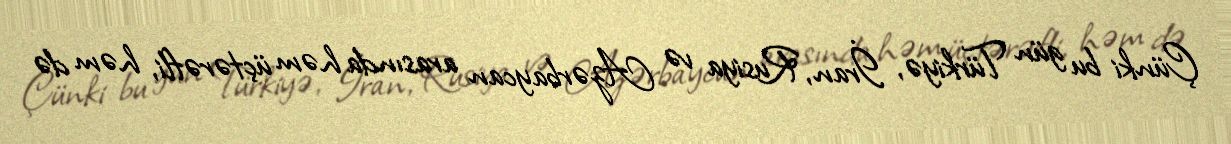
Çünki bu gün Türkiyə, İran, Rusiya və Azərbaycan arasında həm üçtərəfli, həm də